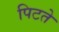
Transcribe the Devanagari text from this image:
पिटते